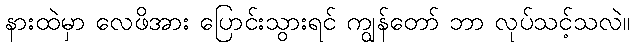
နားထဲမှာ လေဖိအား ပြောင်းသွားရင် ကျွန်တော် ဘာ လုပ်သင့်သလဲ။